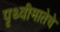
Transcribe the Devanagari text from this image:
पृथ्वीमातेचे